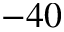
- 4 0